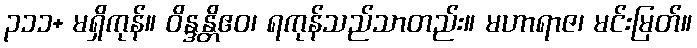
၃၁၁+ မရှိကုန်။ ဝိန္ဒန္တိဧဝ၊ ရကုန်သည်သာတည်း။ မဟာရာဇ၊ မင်းမြတ်။